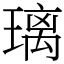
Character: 璃